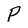
Character: P